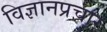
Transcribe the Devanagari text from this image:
विज्ञानप्रचार